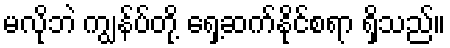
မလိုဘဲ ကျွန်ပ်တို့ ရှေ့ဆက်နိုင်စရာ ရှိသည်။